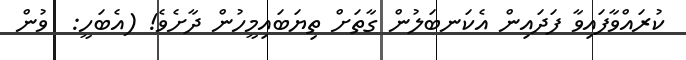
ކުރައްވާފައިވާ ފަދައިން އެކަނބަލުން ގާތަށް ތިޔަބައިމީހުން ދާށެވެ! (އެބަހީ:  ވުން